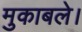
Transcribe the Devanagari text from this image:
मुकाबले।